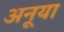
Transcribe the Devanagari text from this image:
अनूया